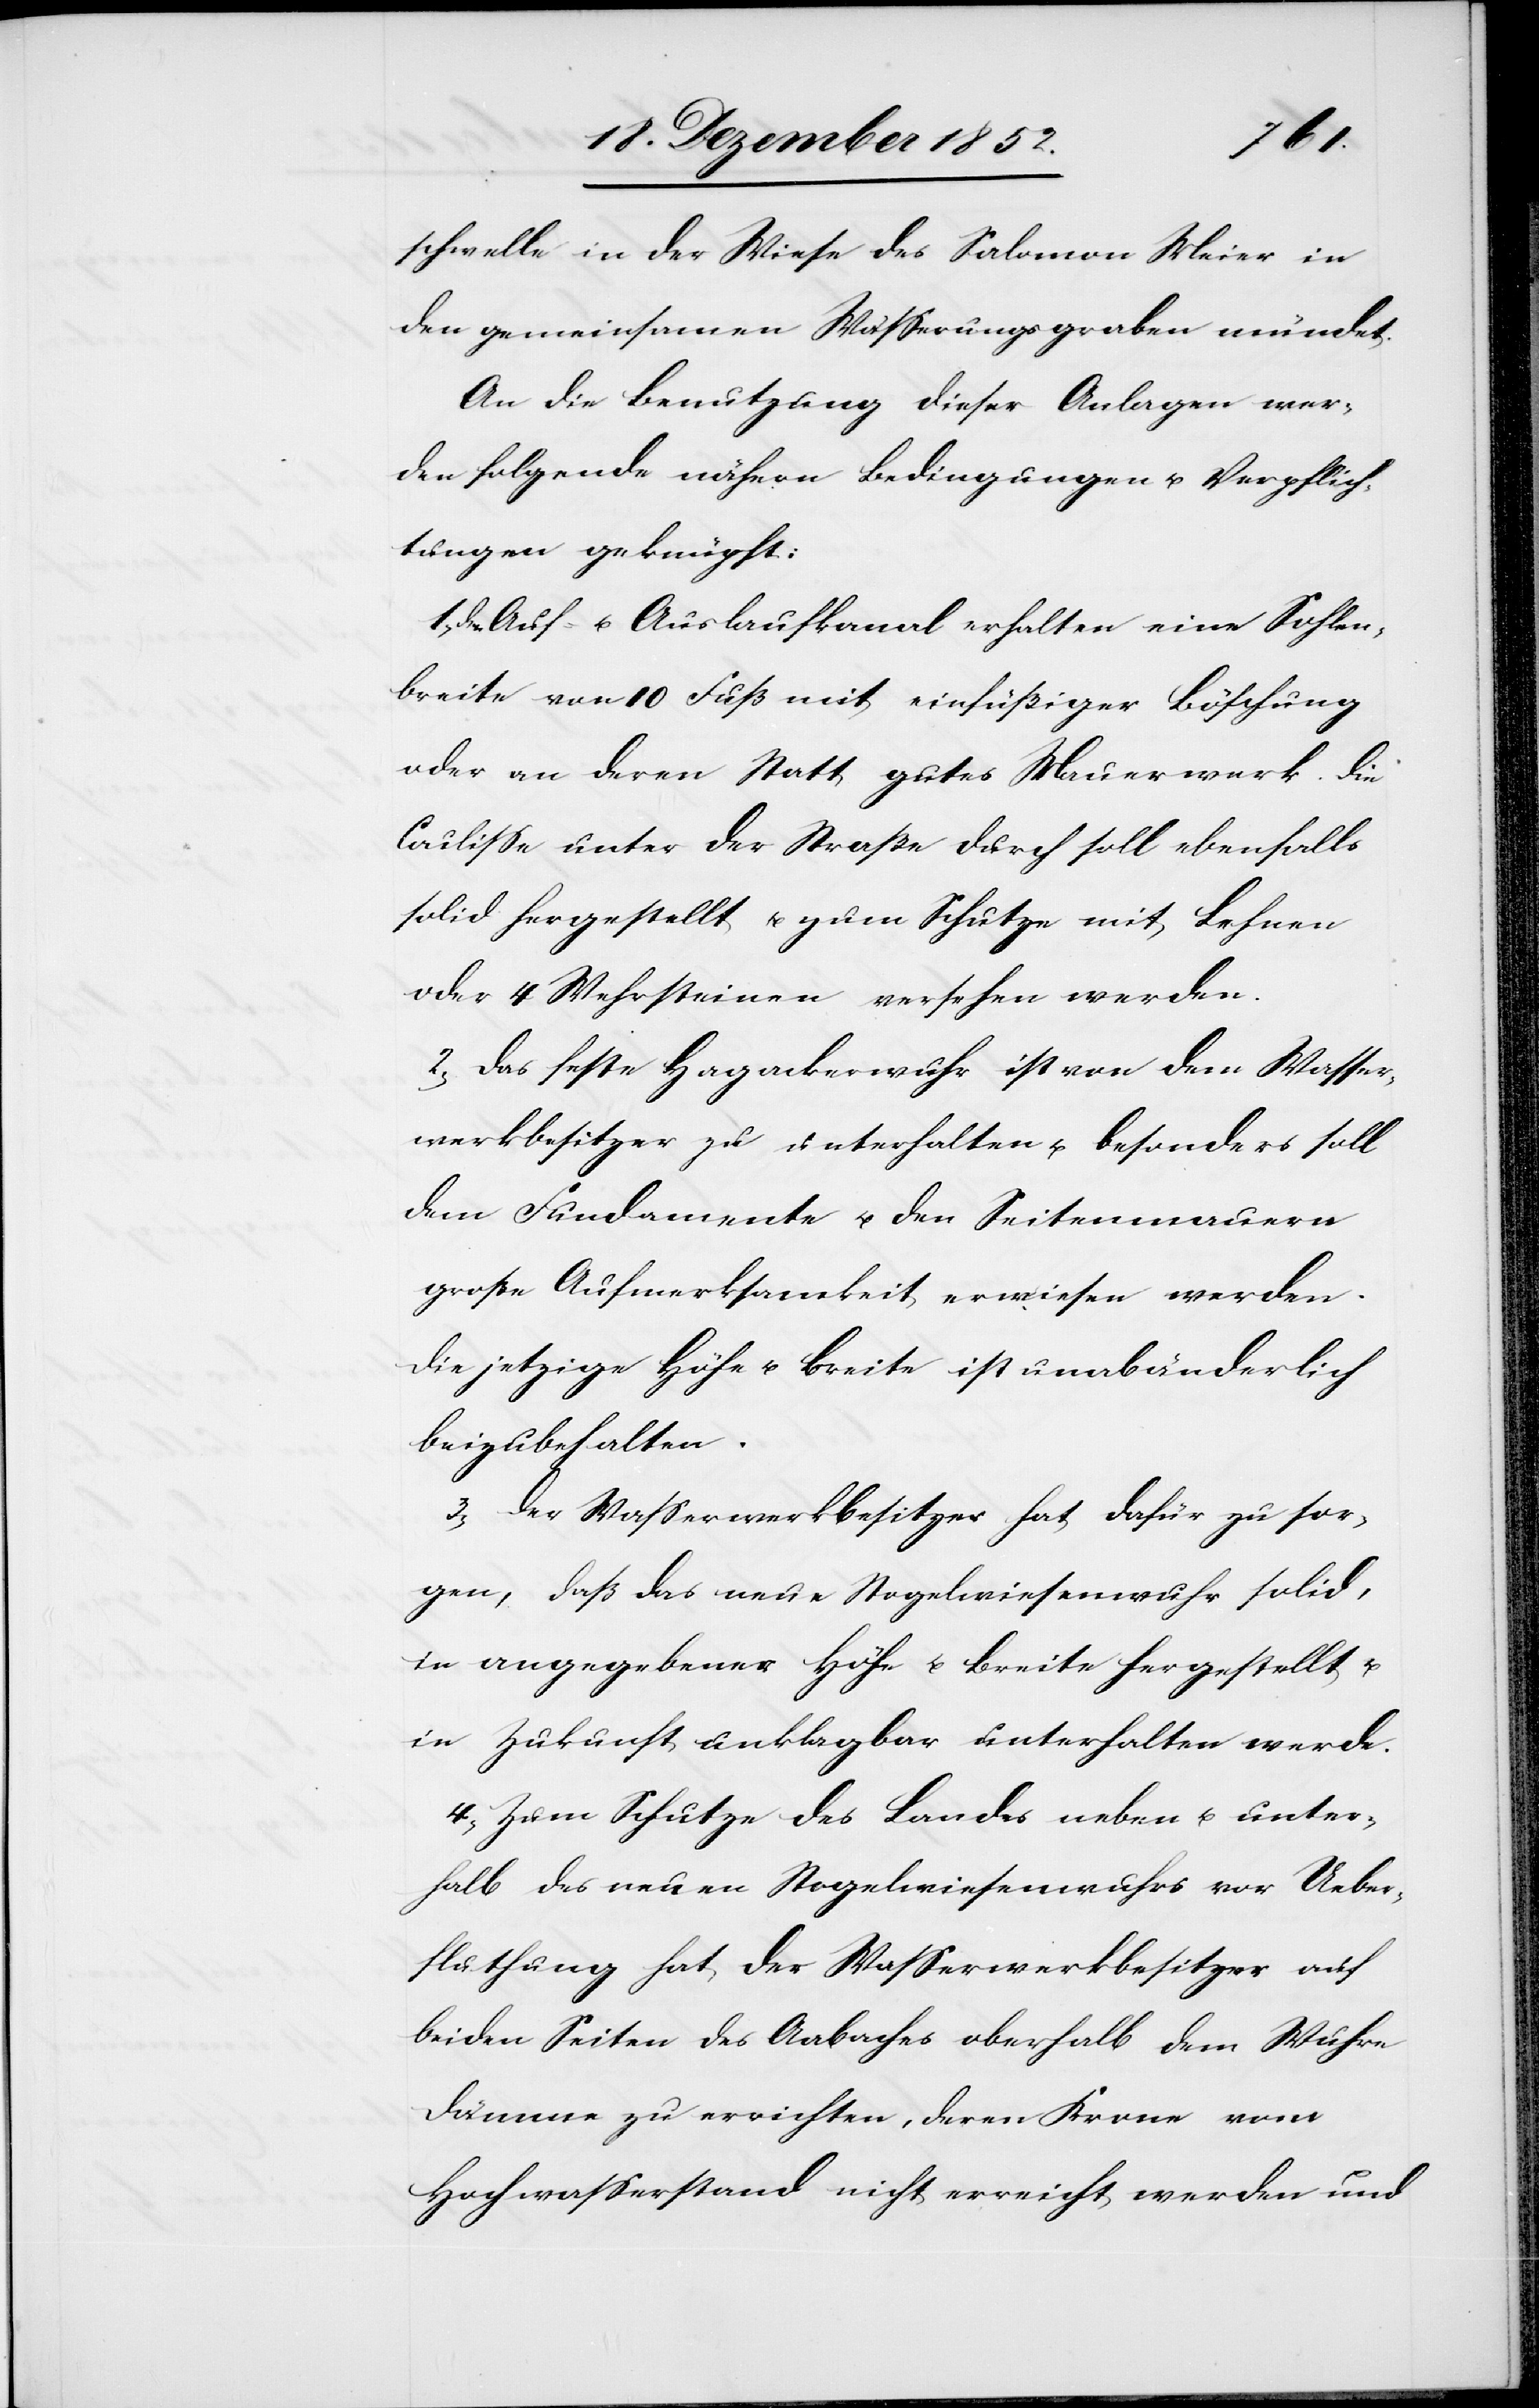
schwelle in der Wiese des Salomon Meier in
den gemeinsamen Wässerungsgraben mündet.
An die Benutzung dieser Anlagen wer¬
den folgende nähern Bedingungen u. Verpflich¬
tungen geknüpft:
Auf- u. Auslaufkanal erhalten eine Sohlen¬
breite von 10 Fuß mit einfüßiger Böschung
oder an deren Statt gutes Mauerwerk. Die
Coulisse unter der Straße durch soll ebenfalls
solid hergestellt u. zum Schutze mit Lehnen
oder 4 Wehrsteinen versehen werden.
2, Das feste Hagackerwuhr ist von dem Wasser¬
werkbesitzer zu unterhalten u. besonders soll
dem Fundamente u. den Seitenmauern
große Aufmerksamkeit erwiesen werden.
Die jetzige Höhe u. Breite ist unabänderlich
beizubehalten.
3, Der Wasserwerkbesitzer hat dafür zu sor¬
gen, daß das neue Stogelwiesenwuhr solid,
in angegebener Höhe u. Breite hergestellt u.
in Zukunft unklagbar unterhalten werde.
4, Zum Schutze des Landes neben u. unter¬
halb des neuen Stogelwiesenwuhrs vor Ueber¬
fluthung hat der Wasserwerkbesitzer auf
beiden Seiten des Aabaches oberhalb dem Wuhre
Dämme zu errichten, deren Krone vom
Hochwasserstand nicht erreicht werden und